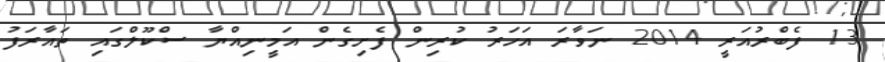
13 ފެބްރުއަރީ 2014 ނަވާރަ އަހަރު ކުރިން ފެށިގެން އަމީނިއްޔާ ސްކޫލްގައި ތައާރަފު